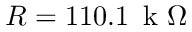
R = 1 1 0 . 1 \, \mathrm { ~ k ~ } \Omega